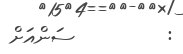
:         ސަންއަށް